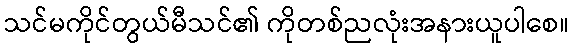
သင်မကိုင်တွယ်မီသင်၏ ကိုတစ်ညလုံးအနားယူပါစေ။